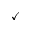
\checkmark